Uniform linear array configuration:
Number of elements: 8
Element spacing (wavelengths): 1
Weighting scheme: exponential
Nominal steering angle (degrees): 15
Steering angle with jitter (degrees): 15.013
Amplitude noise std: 0.05
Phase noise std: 0.05

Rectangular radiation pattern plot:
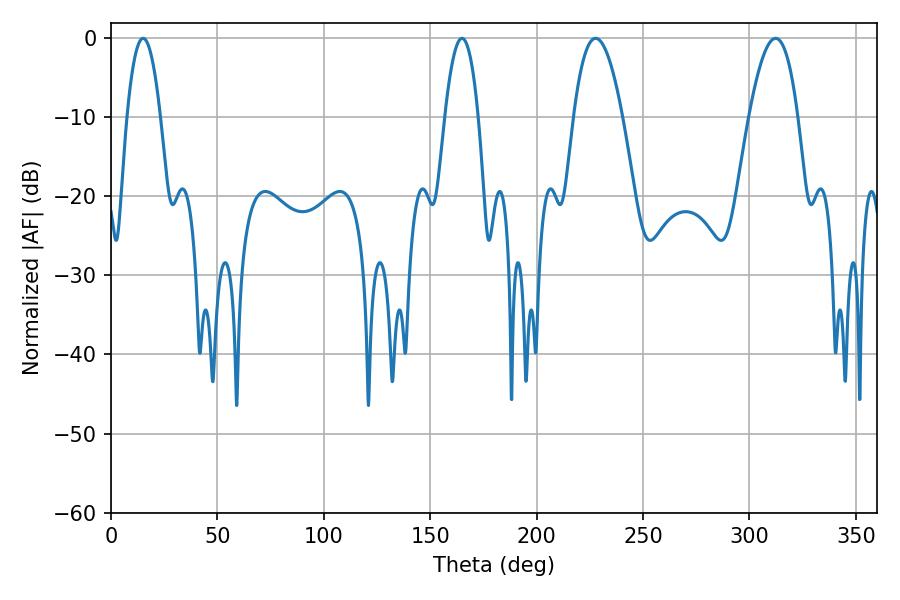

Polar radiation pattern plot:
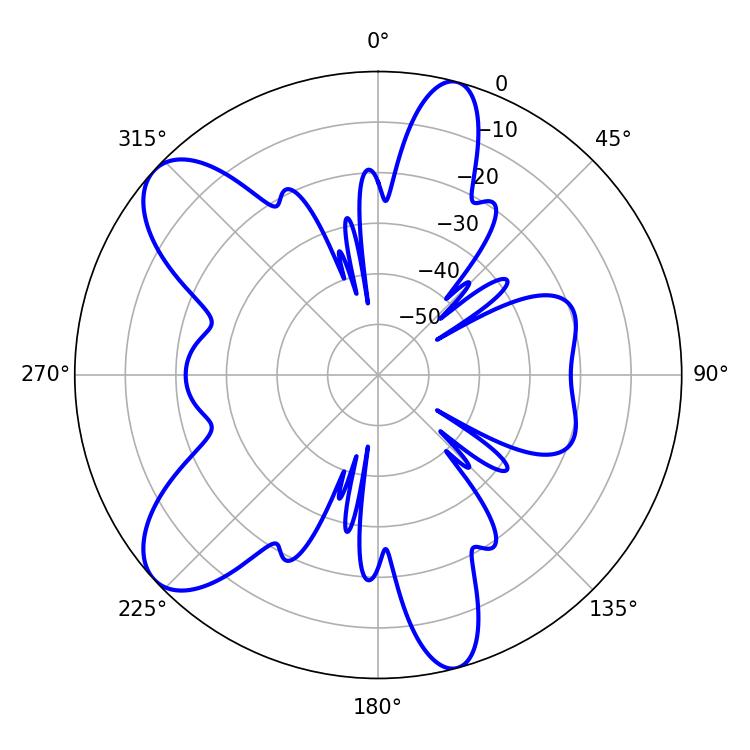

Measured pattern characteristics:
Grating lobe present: TRUE
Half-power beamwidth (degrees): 12.6
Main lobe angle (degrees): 227.7